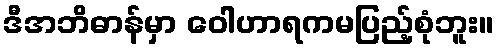
ဒီအဘိဓာန်မှာ ဝေါဟာရကမပြည့်စုံဘူး။